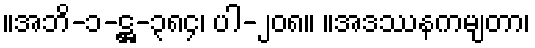
။အဘိ-၁-ဋ္ဌ-၃၈၄၊ ပါ-၂၀၈။ ။အဒဿနကမျတာ၊